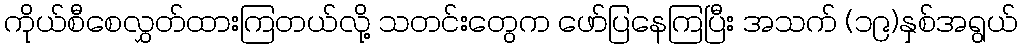
ကိုယ်စီစေလွှတ်ထားကြတယ်လို့ သတင်းတွေက ဖော်ပြနေကြပြီး အသက် (၁၉)နှစ်အရွယ်